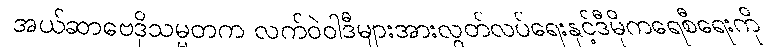
အယ်ဆာဗေဒိုသမ္မတက လက်ဝဲဝါဒီများအားလွတ်လပ်ရေးနှင့်ဒီမိုကရေစီရေးကို